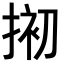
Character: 𢮀